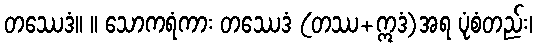
တဿေဒံ။ ။ သောကရံကား တဿေဒံ (တဿ+ဣဒံ)အရ ပုံစံတည်း၊